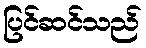
ပြင်ဆင်သည်